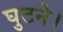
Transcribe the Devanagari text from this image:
घुटने।